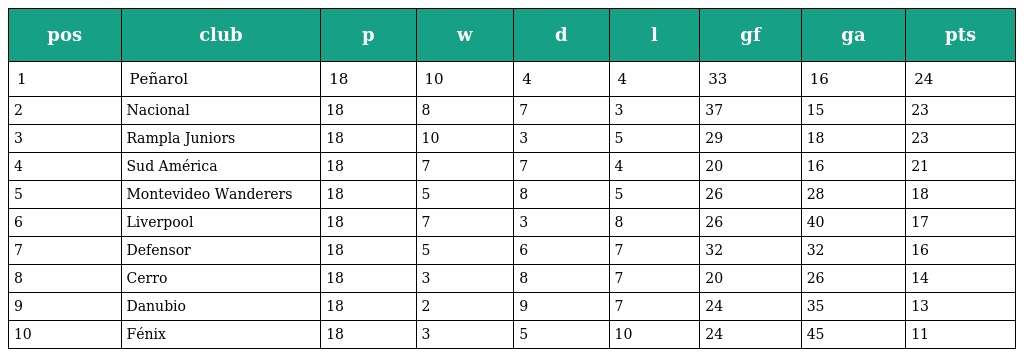
| pos | club | p | w | d | l | gf | ga | pts |
 | --- | --- | --- | --- | --- | --- | --- | --- | --- |
 | 1 | Peñarol | 18 | 10 | 4 | 4 | 33 | 16 | 24 |
 | 2 | Nacional | 18 | 8 | 7 | 3 | 37 | 15 | 23 |
 | 3 | Rampla Juniors | 18 | 10 | 3 | 5 | 29 | 18 | 23 |
 | 4 | Sud América | 18 | 7 | 7 | 4 | 20 | 16 | 21 |
 | 5 | Montevideo Wanderers | 18 | 5 | 8 | 5 | 26 | 28 | 18 |
 | 6 | Liverpool | 18 | 7 | 3 | 8 | 26 | 40 | 17 |
 | 7 | Defensor | 18 | 5 | 6 | 7 | 32 | 32 | 16 |
 | 8 | Cerro | 18 | 3 | 8 | 7 | 20 | 26 | 14 |
 | 9 | Danubio | 18 | 2 | 9 | 7 | 24 | 35 | 13 |
 | 10 | Fénix | 18 | 3 | 5 | 10 | 24 | 45 | 11 |